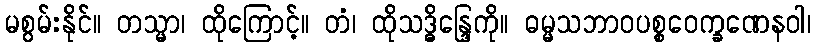
မစွမ်းနိုင်။ တသ္မာ၊ ထိုကြောင့်။ တံ၊ ထိုသဒ္ဓိန္ဒြေကို။ ဓမ္မသဘာဝပစ္စဝေက္ခဏေနဝါ၊